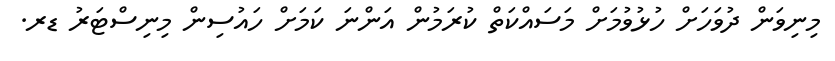
މިނިވަން ދުވަހަށް ހުޅުވުމަށް މަސައްކަތް ކުރަމުން އަންނަ ކަމަށް ހައުސިން މިނިސްޓަރު ޑރ.